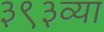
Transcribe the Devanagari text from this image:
३९३व्या